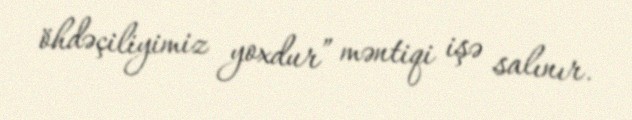
öhdəçiliyimiz yoxdur” məntiqi işə salınır.